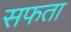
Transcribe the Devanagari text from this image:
सफता